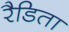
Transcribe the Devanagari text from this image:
रैडिता